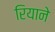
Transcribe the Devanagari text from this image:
रियाने